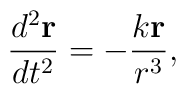
\frac{d^2 {\bf r}}{d t^2} = - \frac{k{\bf r}}{r^3},